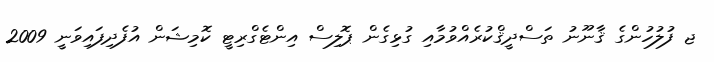
ޖ ފުލުހުންގެ ޤާނޫނު ތަސްދީޤްކުރެއްވުމާއި ގުޅިގެން ޕޮލިސް އިންޓެގްރިޓީ ކޮމިޝަން އުފެދިފައިވަނީ 2009